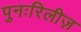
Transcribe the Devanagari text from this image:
पुनःरिलीज़